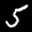
Label: 5